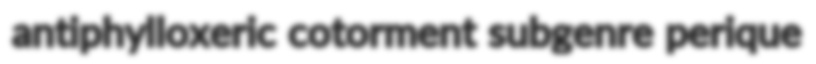
antiphylloxeric cotorment subgenre perique